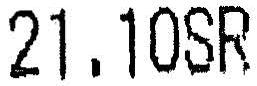
21.10SR